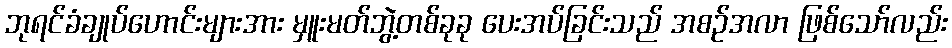
ဘုရင်ခံချုပ်ဟောင်းများအား မှူးမတ်ဘွဲ့တစ်ခုခု ပေးအပ်ခြင်းသည် အစဉ်အလာ ဖြစ်သော်လည်း